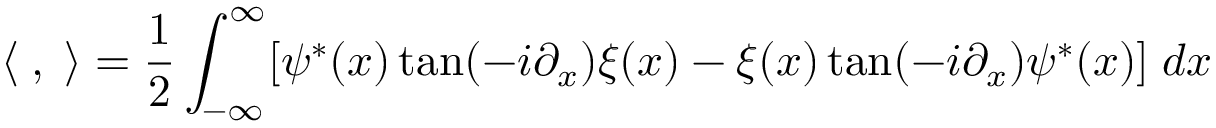
\langle { \bf \Psi } , { \bf \Xi } \rangle = \frac 1 2 \int _ { - \infty } ^ { \infty } [ \psi ^ { * } ( x ) \tan ( - i \partial _ { x } ) \xi ( x ) - \xi ( x ) \tan ( - i \partial _ { x } ) \psi ^ { * } ( x ) ] \; d x